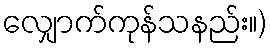
လျှောက်ကုန်သနည်း။)